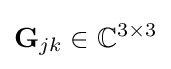
\mathbf {G} _{jk}\in \mathbb {C} ^{3\times 3}